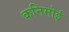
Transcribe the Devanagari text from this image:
कनिमोई